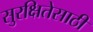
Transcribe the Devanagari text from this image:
सुरक्षितेसाठी